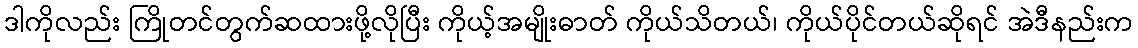
ဒါကိုလည်း ကြိုတင်တွက်ဆထားဖို့လိုပြီး ကိုယ့်အမျိုးဓာတ် ကိုယ်သိတယ်၊ ကိုယ်ပိုင်တယ်ဆိုရင် အဲဒီနည်းက